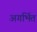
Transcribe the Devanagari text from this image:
अगर्भित